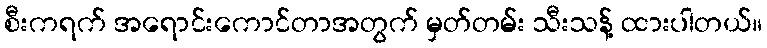
စီးကရက် အရောင်းကောင်တာအတွက် မှတ်တမ်း သီးသန့် ထားပါတယ်။